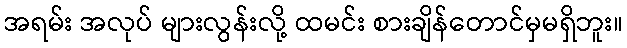
အရမ်း အလုပ် များလွန်းလို့ ထမင်း စားချိန်တောင်မှမရှိဘူး။